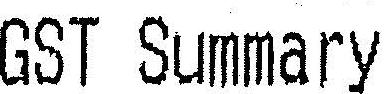
GST SUMMARY